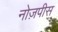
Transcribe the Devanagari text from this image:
नोज़पीस